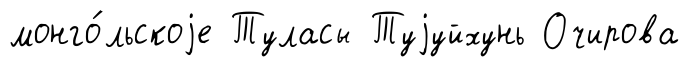
монго́льскоjе Туласы Туjуйхунь Очирова